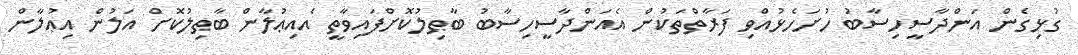
ގުޅިގެން އަންދާސީހިސާބު ހުށަހެޅުއްވި ފަރާތްތަކުން އެއަންދާސީހިސާބު ބާޠިލުކޮށްފައިވާތީ އެއިޢުލާން ބާޠިލުކޮށް އަލުން އިޢުލާން